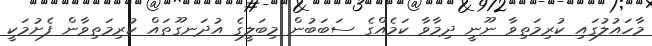
މާހައުލުގައި ކުރިމަތިވާ ނޫނީ ދިމާވާ ކަމެއްގެ ސަބަބުން މިބަލީގެ އުދަނގޫތައް ކުރިމަތިވާން ފެށުމަކީ